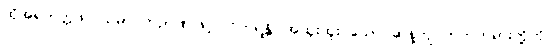
ထိုအရဟတ္တဖလသမာပတ်ဉာဏ်ဖြင့်။ ဝိဟရန္တိ၊ အထူးထူး သော ဆန့်ကျင်ဘက်တရားတို့ကို